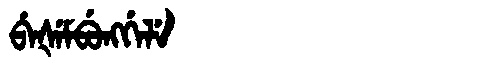
Manchu: ᠪᡝᡧᡝᠮᠪᡠᠩᡤᡝᠯᡝ
Romanization: BEŠEMBUNGGELE